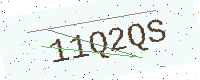
Text: 11Q2QS